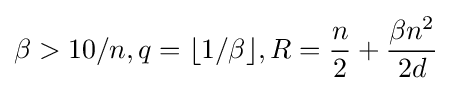
\beta >10/n,q=\lfloor 1/\beta \rfloor ,R={\frac {n}{2}}+{\frac {\beta n^{2}}{2d}}